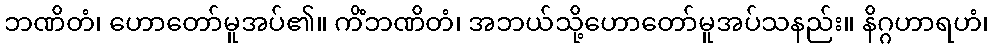
ဘဏိတံ၊ ဟောတော်မူအပ်၏။ ကိံဘဏိတံ၊ အဘယ်သို့ဟောတော်မူအပ်သနည်း။ နိဂ္ဂဟာရဟံ၊